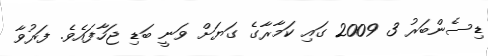
ޑިސެންބަރު 3 2009 ގައި ކަމާރާގެ ގަޔަށް ވަނީ ބަޑި ޖަހާފައެވެ. ފަރުވާ